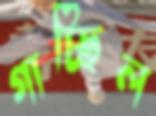
গাচ্ছিল